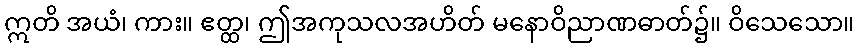
ဣတိ အယံ၊ ကား။ ဧတ္ထ၊ ဤအကုသလအဟိတ် မနောဝိညာဏဓာတ်၌။ ဝိသေသော။